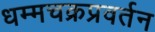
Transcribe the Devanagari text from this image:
धम्मचक्रप्रवर्तन